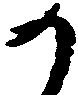
か